Civil Veterinary Dept. Assam report 1911-1927 - 1911-1927
Year: 1911
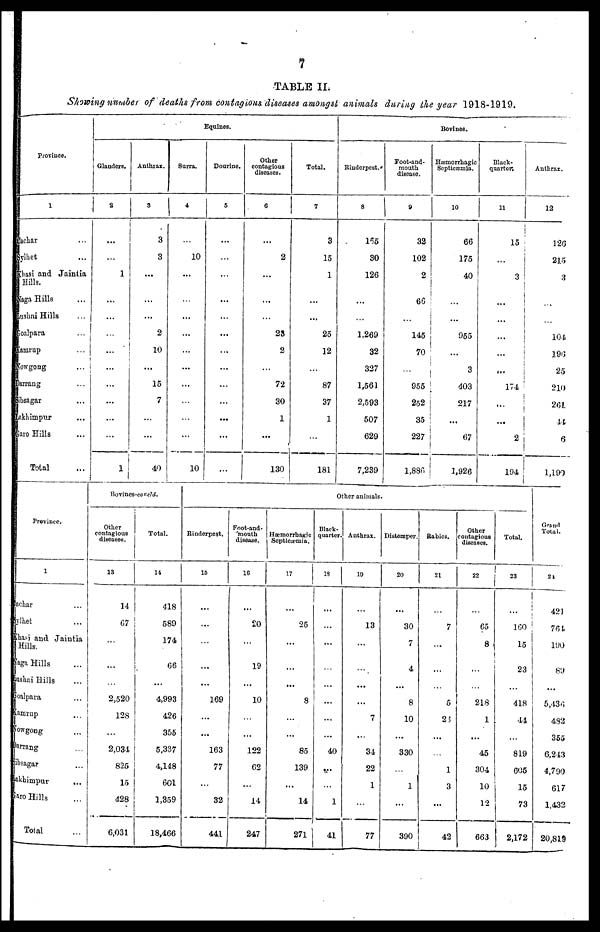
7
TABLE II.
Showing number of deaths from contagious, diseases amongst animals during the year 1918-1919.
Province.
1
Cachar ...
sylhet ...
Khasi and Jaintia
Hills.
Naga Hills ...
Lushni Hills ...
goalpara ...
Kamrup ...
Nowgong ...
Darrang ...
sibsagar ...
Lakhimpur ...
Garo Hills ...
Total ...
Equines.
Glanders.
3
...
...
1
...
...
...
...
...
...
...
...
...
1
Anthrax.
3
3
3
...
...
...
2
10
...
15
7
...
...
40
Surra.
4
...
10
...
...
...
...
...
...
...
...
...
...
10
Dourine.
5
...
...
...
...
...
...
...
...
...
...
...
...
...
Other
contagious
diseases.
6
...
2
...
...
...
23
2
...
72
30
1
...
130
Total.
7
3
15
1
...
...
25
12
...
87
37
1
...
181
Bovines.
Rinderpest.
8
165
30
126
...
...
1,269
32
327
1,561
2,593
507
629
7,239
Foot-and-
mouth
disease.
9
32
102
2
66
...
145
70
...
955
252
35
227
l,886
Hæmorrhagic
Septicæmia.
10
66
175
40
...
...
955
...
3
403
217
...
67
1,926
Black-
quarter.
11
15
...
3
...
...
...
...
...
174
...
...
2
194
Anthrax.
12
126
215
3
...
...
104
196
25
210
261
44
6
1,190
Province.
1
cachar ...
sylhet ...
Khasi and Jaintia
Hills.
Naga Hills ...
Bushai Hills ...
Goalpara ...
Kampur ...
Nowgong ...
Darrang ...
sibsagar ...
Lakhimpur ...
Caro Hills ...
Total ...
Bovines-concld.
Other
contagious
diseases.
13
14
67
...
...
...
2,520
128
...
2,034
825
15
428
6,031
Total.
14
418
589
174
66
...
4,993
426
355
5,337
4,148
601
1,359
18,466
Other animals
Rinderpest.
15
...
...
...
...
...
169
...
...
163
77
...
32
441
Foot-and-
mouth
disease.
16
...
20
...
19
...
10
...
...
122
62
...
14
247
Hæmorrbagic
Septicæmia.
17
...
25
...
...
...
8
...
...
85
139
...
14
271
Black-
quarter.
18
...
...
...
...
...
...
...
...
40
...
...
1
41
Anthrax.
19
...
13
...
...
...
...
7
...
34
22
1
...
77
Distemper.
20
...
30
7
4
...
8
10
...
330
...
1
...
390
Rabies.
21
...
7
...
...
...
5
23
...
...
1
3
...
42
Other
contagious
diseases.
22
...
65
8
...
...
218
1
...
45
304
10
12
663
Total.
23
...
160
15
23
...
418
44
...
819
605
15
73
2,172
Grand
Total.
21
421
761
190
89
...
5,436
432
355
6,243
4,790
617
1,432
20,819